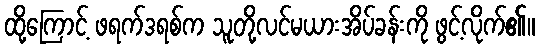
ထို့ကြောင့် ဖရက်ဒရစ်က သူတို့လင်မယားအိပ်ခန်းကို ဖွင့်လိုက်၏။